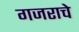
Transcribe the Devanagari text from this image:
गजराचे